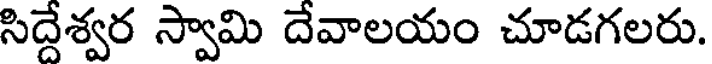
సిద్దేశ్వర స్వామి దేవాలయం చూడగలరు.